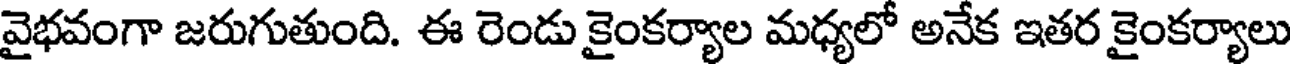
వైభవంగా జరుగుతుంది. ఈ రెండు కైంకర్యాల మధ్యలో అనేక ఇతర కైంకర్యాలు